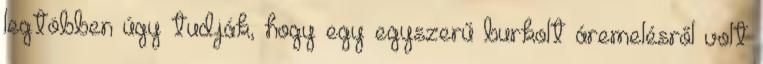
legtöbben úgy tudják, hogy egy egyszerű burkolt áremelésről volt